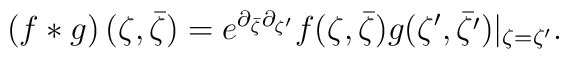
\left( f * g \right)(\zeta, \bar{\zeta})=e^{\partial_{{\bar \zeta}}\partial_{{\zeta^\prime}}} f(\zeta, \bar{\zeta})g(\zeta^{\prime}, \bar{\zeta^\prime}) |_{\zeta =\zeta^{\prime}}.